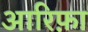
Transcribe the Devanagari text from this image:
आरिफ़ा